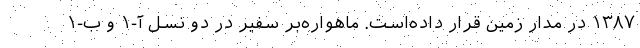
۱۳۸۷ در مدار زمین قرار داده‌است. ماهواره‌بر سفیر در دو نسل آ-۱ و ب-۱